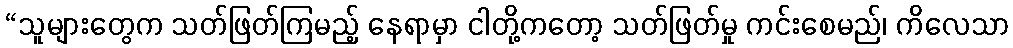
“သူများတွေက သတ်ဖြတ်ကြမည့် နေရာမှာ ငါတို့ကတော့ သတ်ဖြတ်မှု ကင်းစေမည်၊ ကိလေသာ